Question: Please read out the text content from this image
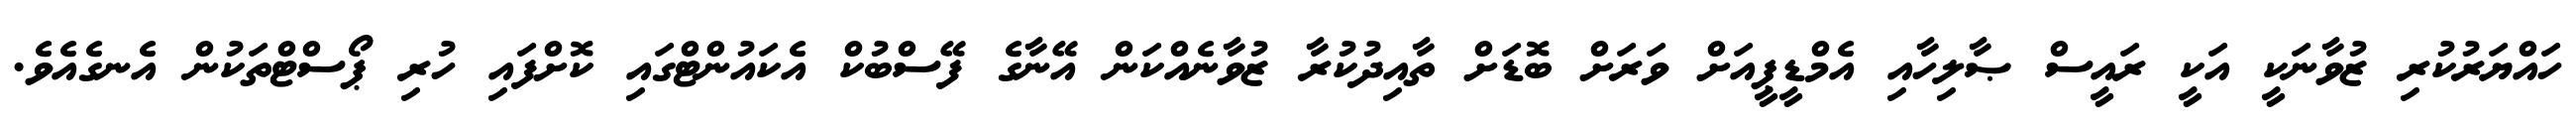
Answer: ހައްޔަރުކުރި ޒުވާނަކީ އަކީ ރައީސް ޞާލިހާއި އެމްޑީޕީއަށް ވަރަށް ބޮޑަށް ތާއިދުކުރާ ޒުވާނެއްކަން އޭނާގެ ފޭސްބުކް އެކައުންޓްގައި ކޮށްފައި ހުރި ޕޯސްޓްތަކުން އެނގެއެވެ.